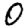
Digit: 0